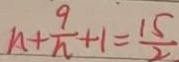
n + \frac { 9 } { n } + 1 = \frac { 1 5 } { 2 }